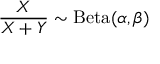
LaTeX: { \frac { X } { X + Y } } \sim \operatorname { B e t a } ( \alpha , \beta )